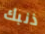
ذنبك